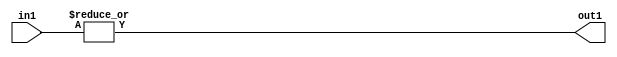
`timescale 1ps / 1ps
/*****************************************************************************
    Verilog RTL Description
    
    
    Created by: Stratus DpOpt 21.05.01 
*******************************************************************************/

module SobelFilter_OrReduction_6U_1U_1 (
	in1,
	out1
	); /* architecture "behavioural" */ 
input [5:0] in1;
output  out1;
wire  asc001;

assign asc001 = 
	(|in1);

assign out1 = asc001;
endmodule

/* CADENCE  urfxSAE= : u9/ySxbfrwZIxEzHVQQV8Q== ** DO NOT EDIT THIS LINE ******/